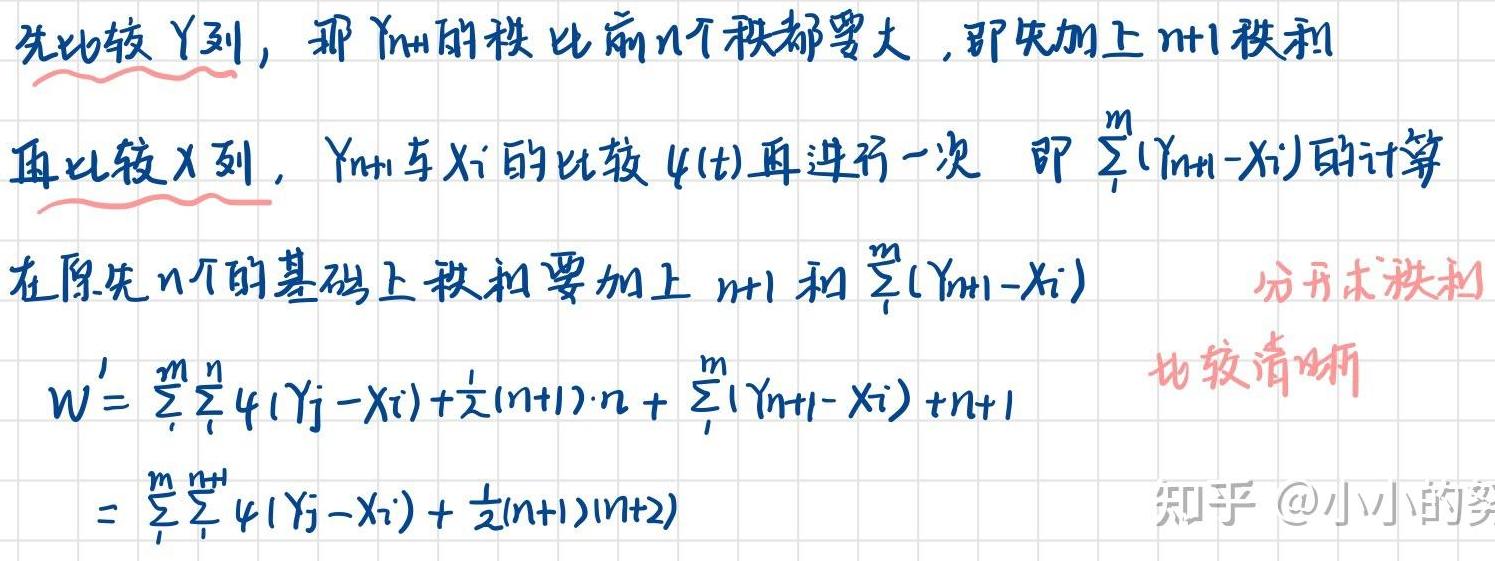
先比较 \( Y \) 列，那 \( Y_{n+1} \) 的秩比前 \( n \) 个秩都要大，即先加上 \( n + 1 \) 秩和
再比较 \( X \) 列， \( Y_{n+1} \) 与 \( X_i \) 的比较 \( \psi(t) \) 再进行一次 即 \( \sum_{i}^{m}(Y_{n+1}-X_i) \) 的计算
在原先 \( n \) 个的基础上秩和要加上 \( n + 1 \) 和 \( \sum_{i}^{m}(Y_{n+1}-X_i) \)  分开求秩和 比较清晰
\[
\begin{align*}
W'&=\sum_{i}^{m}\sum_{j}^{n}\psi(Y_j - X_i)+\frac{1}{2}(n + 1)\cdot n+\sum_{i}^{m}(Y_{n+1}-X_i)+n + 1\\
&=\sum_{i}^{m}\sum_{j}^{n+1}\psi(Y_j - X_i)+\frac{1}{2}(n + 1)(n + 2)
\end{align*}
\]